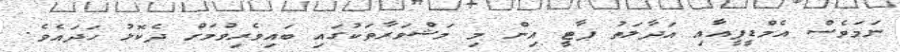
ނަމަވެސް އެމްޑީޕީއާއި އަދާލަތު ޕާޓީ އިން މި މަޝްވަރާތަކުގައި ބައިވެރިވުމަށް ދެކޮޅު ހަދައެވެ.